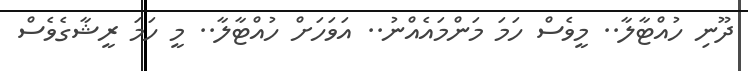
ދޫނި ހުއްޓާލާ.. މީވެސް ހަމަ މަންމައެއްނު.. އަވަހަށް ހުއްޓާލާ.. މީ ހަމަ ރީޝާގެވެސް